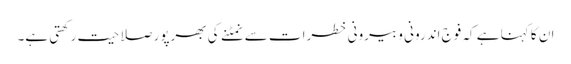
ان کا کہنا ہے کہ فوج اندرونی و بیرونی خطرات سے نمٹنے کی بھرپور صلاحیت رکھتی ہے۔